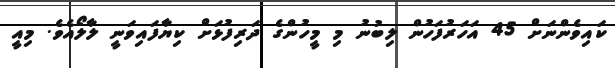
ކައިވެންނަށް 45 އަހަރުފަހުން ލިބުނު މި މީހުންގެ ދަރިފުޅަށް ކިޔާފައިވަނީ ލާލޯއެވެ. މިއީ